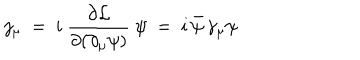
LaTeX: j _ { \mu } ~ = ~ i ~ { \frac { \partial { \cal L } } { \partial ( \partial _ { \mu } \psi ) } } ~ \psi ~ = ~ i \, \bar { \psi } \, \gamma _ { \mu } \psi